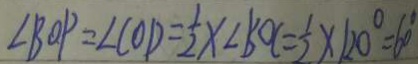
\angle B O P = \angle C O D = \frac { 1 } { 2 } \times \angle B O C = \frac { 1 } { 2 } \times 1 2 0 ^ { \circ } = 6 0 ^ { \circ }